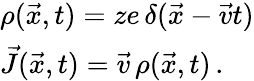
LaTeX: \begin{array}{l}{\displaystyle\rho(\vec{x},t)=ze\, \delta(\vec{x}-\vec{v}t)}\\ {\displaystyle\vec{J}(\vec{x},t)=\vec{v}\, \rho(\vec{x},t)\, .}\end{array}